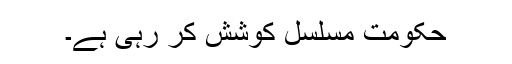
حکومت مسلسل کوشش کر رہی ہے۔